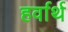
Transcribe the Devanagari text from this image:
हर्वार्थ